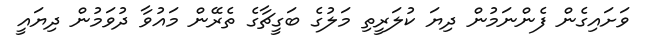
ވަށައިގެން ފެންނަމުން ދިޔަ ކުލަރީތި މަލުގެ ބަގީޗާގެ ތެރޭން މައުވާ ދުވަމުން ދިޔައީ